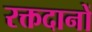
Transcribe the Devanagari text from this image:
रक्तदानों